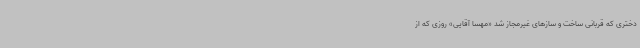
دختری که قربانی ساخت و سازهای غیرمجاز شد «مهسا آقایی» روزی که از